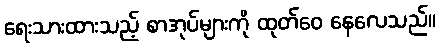
ရေးသားထားသည့် စာအုပ်များကို ထုတ်ဝေ နေလေသည်။